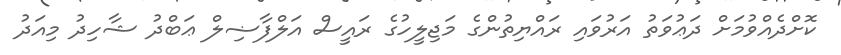
ކޮށްދެއްވުމަށް ދަޢުވަތު އަރުވައި ރައްޔިތުންގެ މަޖިލީހުގެ ރައީސް އަލްފާޟިލް ޢަބްދު ޝާހިދު މިއަދު